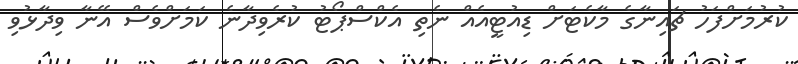
ކުރުމަށްފަހު ޗައިނާގެ މާކެޓަށް ޑިއުޓީއެއް ނެތި އެކްސްޕޯޓު ކުރެވިދާނެ ކަމަށްވެސް އޭނާ ވިދާޅުވި